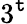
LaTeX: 3^{\mathtt{t}}